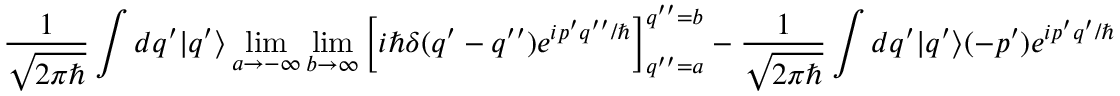
\frac { 1 } { \sqrt { 2 \pi \hbar } } \int d q ^ { \prime } | q ^ { \prime } \rangle \operatorname* { l i m } _ { a \rightarrow - \infty } \operatorname* { l i m } _ { b \rightarrow \infty } \left[ i \hbar \delta ( q ^ { \prime } - q ^ { \prime \prime } ) e ^ { i p ^ { \prime } q ^ { \prime \prime } / \hbar } \right] _ { q ^ { \prime \prime } = a } ^ { q ^ { \prime \prime } = b } - \frac { 1 } { \sqrt { 2 \pi \hbar } } \int d q ^ { \prime } | q ^ { \prime } \rangle ( - p ^ { \prime } ) e ^ { i p ^ { \prime } q ^ { \prime } / \hbar }